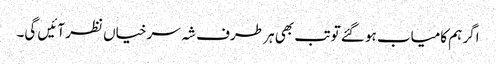
اگر ہم کامیاب ہو گئے تو تب بھی ہر طرف شہ سرخیاں نظر آئیں گی۔